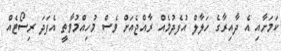
ކަމަށާއި އެ ދާއިރާގެ ހަލާލް އުފެދުމެއް ރާއްޖެއަށް ވެސް މުހިއްމުވާތީ އެފަދަ ރިސޯޓެއް